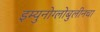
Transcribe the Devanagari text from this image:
इम्युनोग्लोबुलीनचा